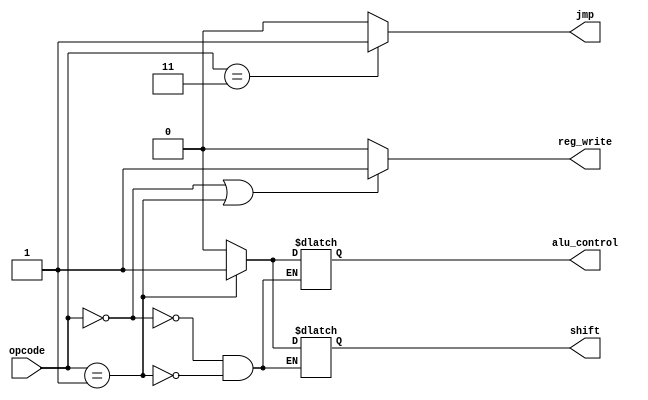
`timescale 1ns / 1ps
//////////////////////////////////////////////////////////////////////////////////
// Control Unit
//
//////////////////////////////////////////////////////////////////////////////////


module control_unit(
    input [1:0] opcode,
    output jmp,
    output reg_write,
    output reg alu_control,
    output reg shift
    );
    
    assign jmp = (opcode == 2'b11) ? 1:0;
    
    assign reg_write = (opcode == 2'b00 || opcode == 2'b01) ? 1:0;
    
    always@(*)
    begin
    case(opcode)
        2'b00:
        begin
        alu_control <= 1'b0;
        shift <= 1'b0;
        end
        2'b01:
        begin
        alu_control <= 1'b1;
        shift <= 1'b1;
        end
    endcase
    end
    
endmodule